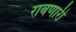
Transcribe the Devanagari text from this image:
राबणारी